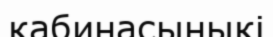
кабинасыныкі